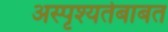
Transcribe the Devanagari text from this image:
अस्पृश्यतेबाबत